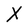
Character: X